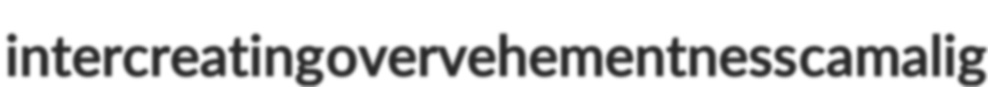
intercreating overvehementness camalig